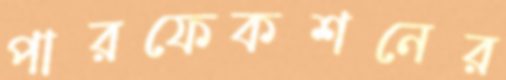
পারফেকশনের